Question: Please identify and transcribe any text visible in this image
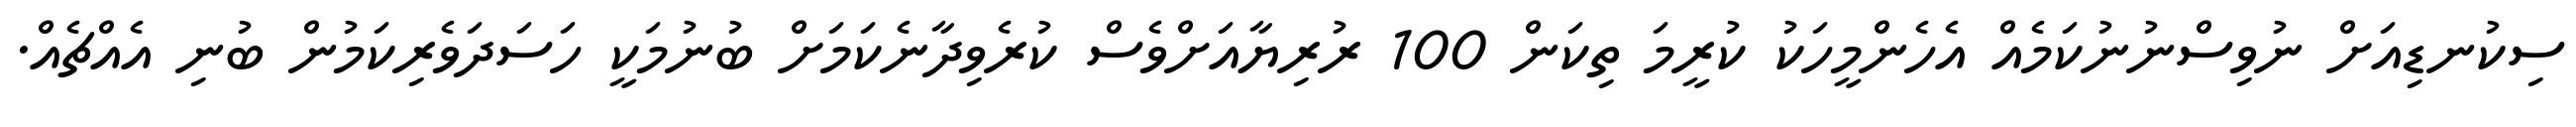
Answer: ސިކުނޑިއަށް ނުވިސްނުނުކަމެއް އެހެންމީހަކު ކުރީމަ ތިކަން 100 ރުރިޔާއަށްވެސް ކުރެވިދާނެކަމަށް ބުނުމަކީ ހަސަދަވެރިކަމުން ބުނި އެއްޗެއް.